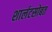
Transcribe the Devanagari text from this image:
शार्लटसोबत